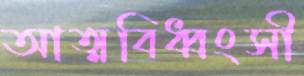
আত্মবিধ্বংসী